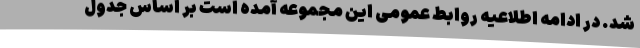
شد. در ادامه اطلاعیه روابط عمومی این مجموعه آمده است بر اساس جدول